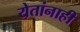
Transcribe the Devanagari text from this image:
येतांनाही